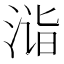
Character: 𣶫